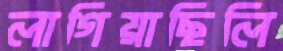
লাগিয়াছিলি